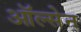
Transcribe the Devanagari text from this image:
ऑल्सेन